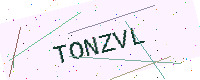
Text: TONZVL